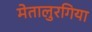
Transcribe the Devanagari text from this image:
मेतालुरगिया